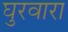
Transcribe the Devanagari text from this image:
घुरवारा